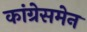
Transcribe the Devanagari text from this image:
कांग्रेसमेन